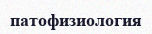
патофизиология